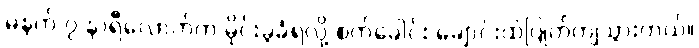
မနက် ၇ နာရီလောက်က မိုင်းခွဲခံရလို့ စက်ခေါင်း ချောင်းထဲပြုတ်ကျသွားတယ်။